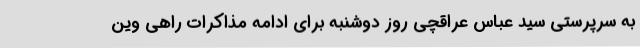
به سرپرستی سید عباس عراقچی روز دوشنبه برای ادامه مذاکرات راهی وین